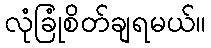
လုံခြုံစိတ်ချရမယ်။